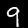
Digit: 9